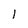
Character: l